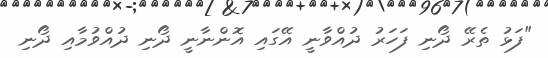
"ފަޅު ތެރޭ ދޯނި ފަހަރު ދުއްވާނީ އޭގައި އޮންނާނީ ދޯނި ދުއްވުމާއި ދޯނި